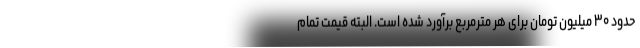
حدود ۳۰ میلیون تومان برای هر مترمربع برآورد شده است. البته قیمت تمام